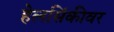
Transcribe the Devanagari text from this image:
हेलसिंकीवर